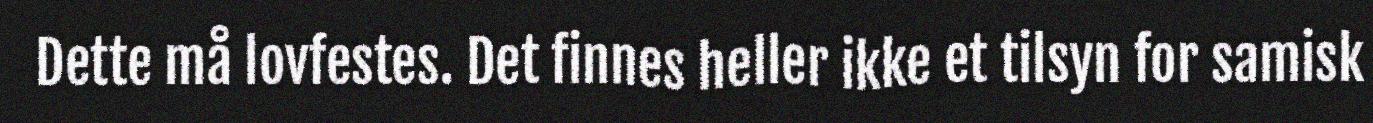
Dette må lovfestes. Det finnes heller ikke et tilsyn for samisk